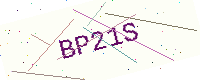
Text: BP21S